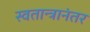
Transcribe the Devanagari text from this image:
स्वतान्त्रानंतर